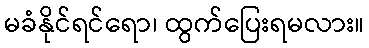
မခံနိုင်ရင်ရော၊ ထွက်ပြေးရမလား။